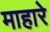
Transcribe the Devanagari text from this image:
माहारे